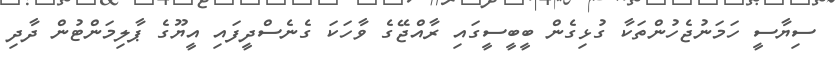
ސިޔާސީ ހަމަނުޖެހުންތަކާ ގުޅިގެން ބީބީސީގައި ރާއްޖޭގެ ވާހަކަ ގެނެސްދީފައި އީޔޫގެ ޕާލިމަންޓުން ދާދި